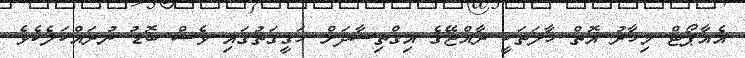
އެއާޕޯޓް މިހާރު އޮތް ހާލަތަކީ ރާއްޖޭގެ އިގްތިސާދަށް ހަގީގަތުގައި ވެސް ބޮޑު ނުރައްކަލެކެވެ.